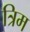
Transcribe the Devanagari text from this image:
त्रिम